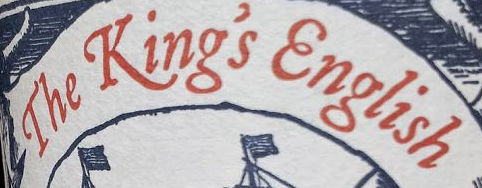
The King's English